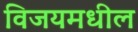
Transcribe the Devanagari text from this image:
विजयमधील